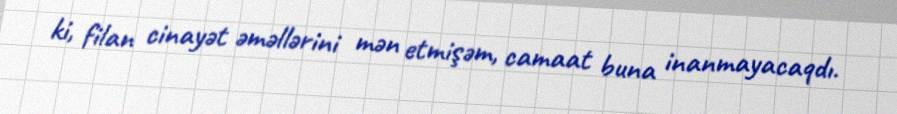
ki, filan cinayət əməllərini mən etmişəm, camaat buna inanmayacaqdı.